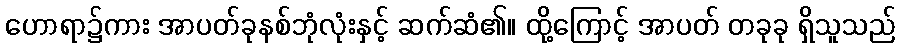
ဟောရာ၌ကား အာပတ်ခုနစ်ဘုံလုံးနှင့် ဆက်ဆံ၏။ ထို့ကြောင့် အာပတ် တခုခု ရှိသူသည်